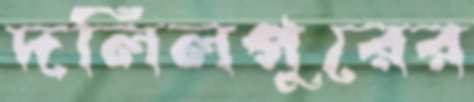
দলিলপুরের